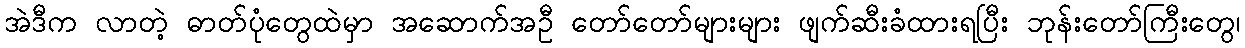
အဲဒီက လာတဲ့ ဓာတ်ပုံတွေထဲမှာ အဆောက်အဦ တော်တော်များများ ဖျက်ဆီးခံထားရပြီး ဘုန်းတော်ကြီးတွေ၊